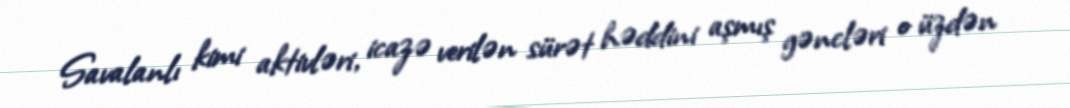
Savalanlı kimi aktivləri, icazə verilən sürət həddini aşmış gəncləri o üzdən